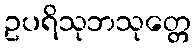
ဥပရိသုဘသုတ္တေ